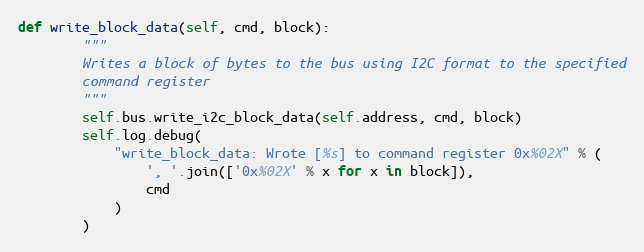
Language: Python
def write_block_data(self, cmd, block):
        """
        Writes a block of bytes to the bus using I2C format to the specified
        command register
        """
        self.bus.write_i2c_block_data(self.address, cmd, block)
        self.log.debug(
            "write_block_data: Wrote [%s] to command register 0x%02X" % (
                ', '.join(['0x%02X' % x for x in block]),
                cmd
            )
        )